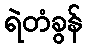
ရဲတံခွန်